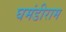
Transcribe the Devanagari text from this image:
घमंडीराम